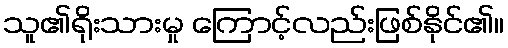
သူ၏ရိုးသားမှု ကြောင့်လည်းဖြစ်နိုင်၏။